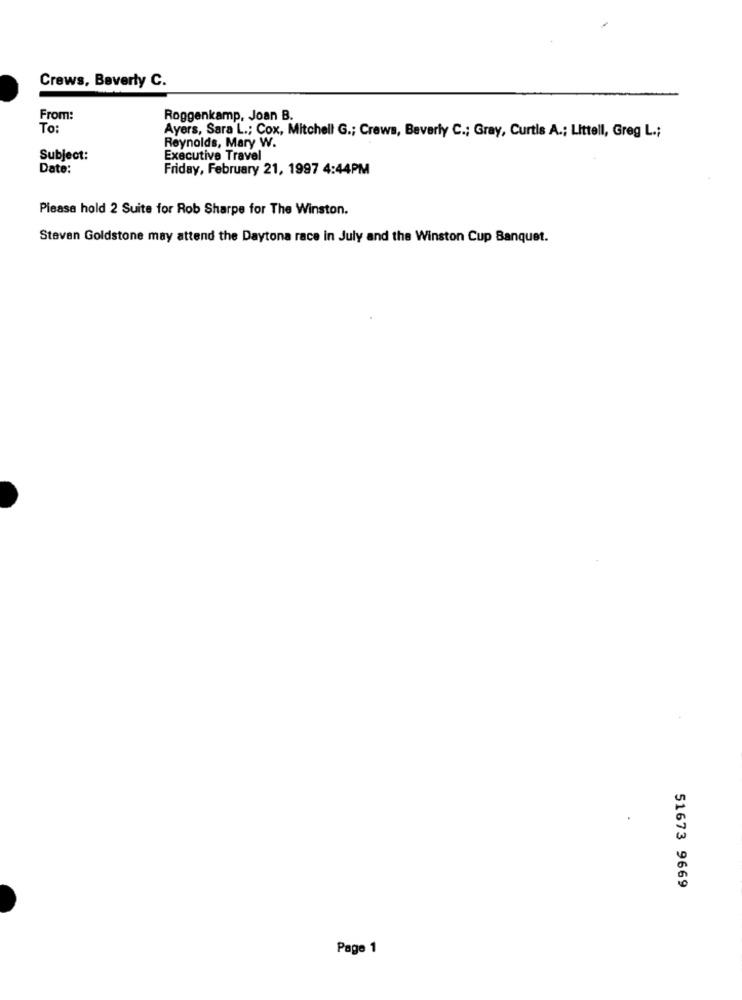
Crews, Beverly C.
From:
Roggenkamp, Joan B.
To:
Reynolds, Mary W.
Ayers, Sara L .; Cox, Mitchell G .; Crews, Beverly C .; Gray, Curtis A .; Littell, Greg L .;
Subject:
Executive Travel
Date:
Friday, February 21, 1997 4:44PM
Please hold 2 Suite for Rob Sharpe for The Winston.
Steven Goldstone may attend the Daytona race in July and the Winston Cup Banquet.
51673 9669
Page 1